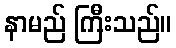
နာမည် ကြီးသည်။